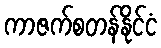
ကာဇက်စတန်နိုင်ငံ